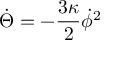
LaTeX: \dot { \Theta } = - \frac { 3 \kappa } { 2 } \dot { \phi } ^ { 2 }